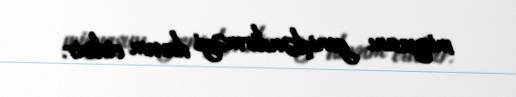
miqyasını genişləndirməyi davam etdirir.